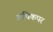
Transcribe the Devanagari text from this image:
अधिकपर